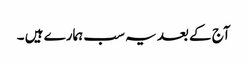
آج کے بعد یہ سب ہمارے ہیں ۔